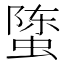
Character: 𰳄